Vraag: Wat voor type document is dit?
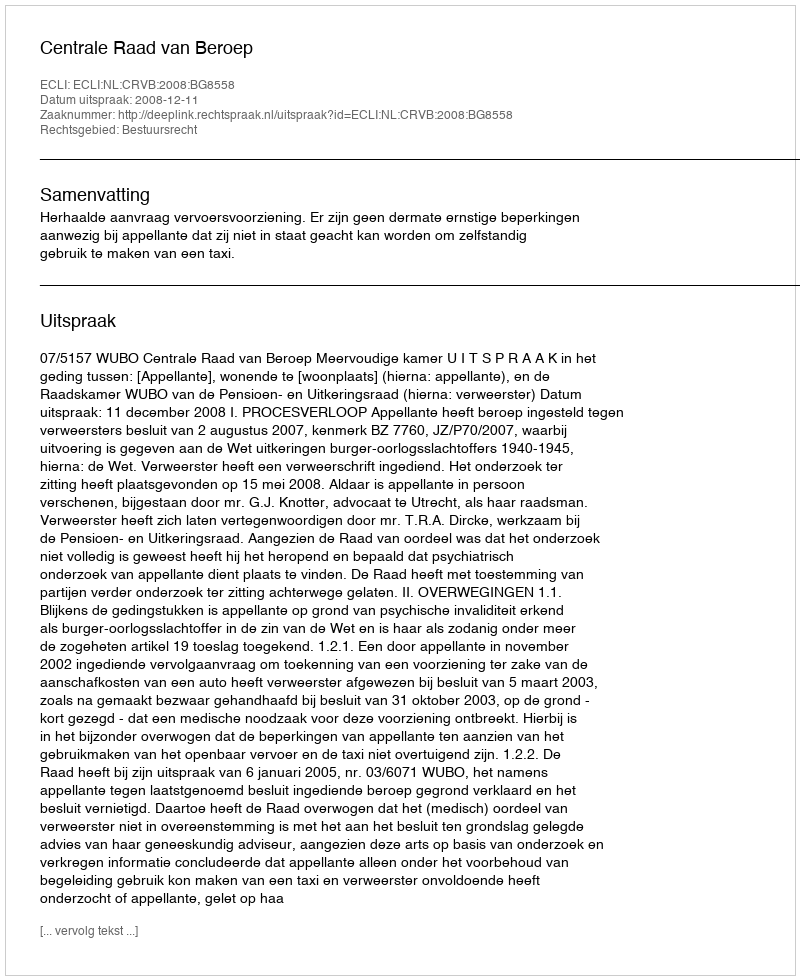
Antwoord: Uitspraak